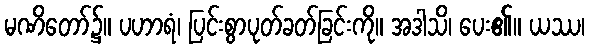
မဏိတော်၌။ ပဟာရံ၊ ပြင်းစွာပုတ်ခတ်ခြင်းကို။ အဒါသိ၊ ပေး၏။ ယဿ၊